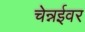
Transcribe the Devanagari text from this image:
चेन्नईवर